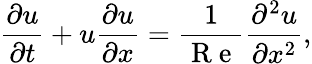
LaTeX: \frac{\partial u}{\partial t}+u\frac{\partial u}{\partial x}=\frac{1}{\mathrm{~R~e~}}\frac{\partial^{2}u}{\partial x^{2}},